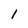
Character: 1